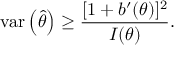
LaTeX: \operatorname { v a r } \left( { \hat { \theta } } \right) \geq { \frac { [ 1 + b ^ { \prime } ( \theta ) ] ^ { 2 } } { I ( \theta ) } } .